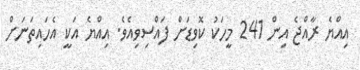
އިއްޔެ ރާއްޖެ އިން 241 މީހަކު ކޮވިޑަށް ފައްސިވިއެވެ. އިއްޔެ އަކީ އެހައިތަނަށް